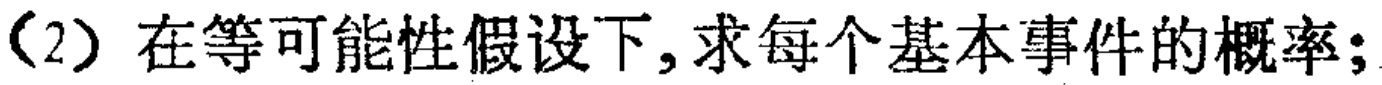
(2) 在等可能性假设下,求每个基本事件的概率;